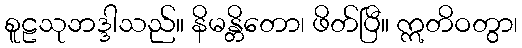
စူဠသုဘဒ္ဒါသည်။ နိမန္တိတော၊ ဖိတ်ပြီ။ ဣတိဝတွာ၊